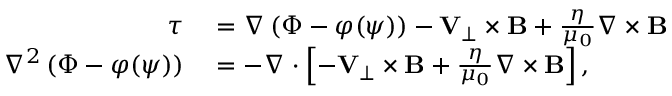
\begin{array} { r l } { \boldsymbol { \tau } } & { { } = \nabla \left( \Phi - \varphi ( \psi ) \right) - { \mathbf V } _ { \perp } \times { \mathbf B } + \frac { \eta } { \mu _ { 0 } } \nabla \times { \mathbf B } } \\ { \nabla ^ { 2 } \left( \Phi - \varphi ( \psi ) \right) } & { { } = - \nabla \cdot \left[ - { \mathbf V } _ { \perp } \times { \mathbf B } + \frac { \eta } { \mu _ { 0 } } \nabla \times { \mathbf B } \right] , } \end{array}